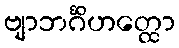
ဗျာဘင်္ဂိဟတ္ထော